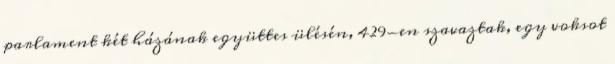
parlament két házának együttes ülésén, 429-en szavaztak, egy voksot